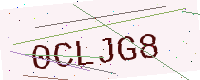
Text: 0CLJG8